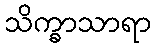
သိက္ခာသာရာ